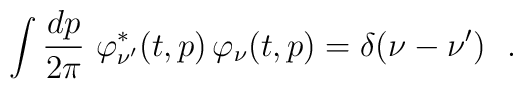
\int \frac{dp}{2\pi} ~\varphi^{*}_{\nu'} (t,p) \,\varphi_\nu (t,p) =\delta(\nu-\nu') ~~.